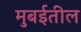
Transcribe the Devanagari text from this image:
मुबईतील